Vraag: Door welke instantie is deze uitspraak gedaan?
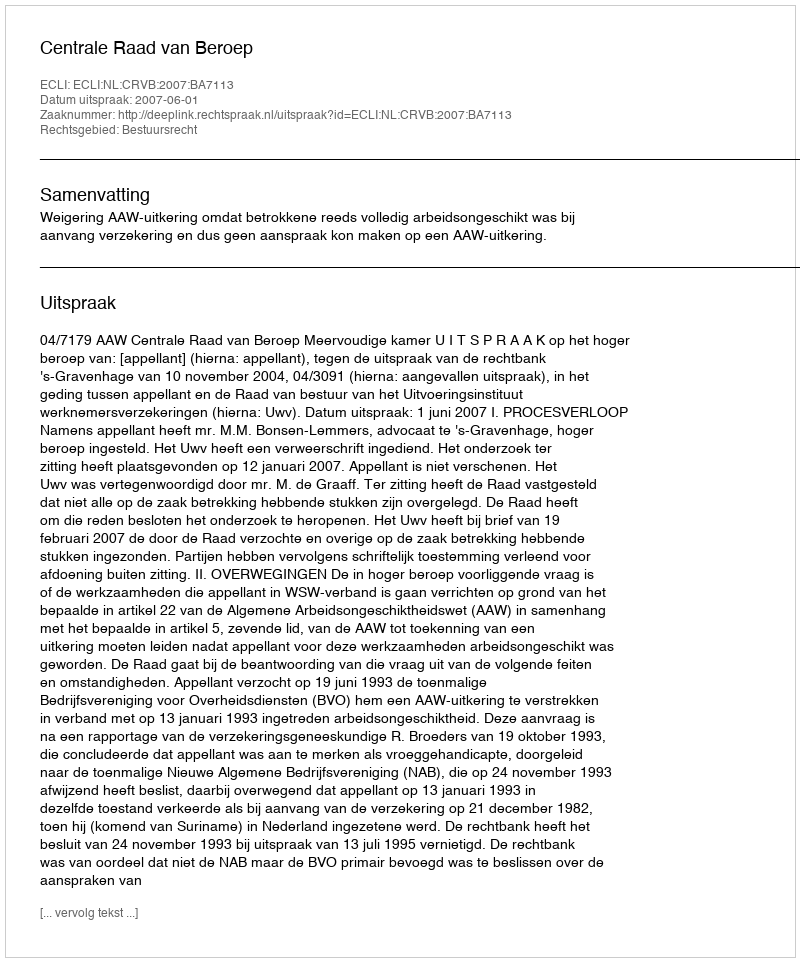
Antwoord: Centrale Raad van Beroep